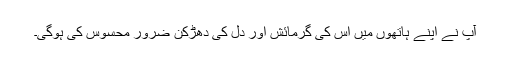
آپ نے اپنے ہاتھوں میں اس کی گرمائش اور دل کی دھڑکن ضرور محسوس کی ہوگی۔